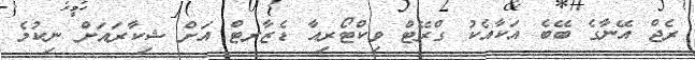
ރެޖް އޭނާގެ ބޭބެ އަކާއެކު ގްރޭޓް ވިކްޓޯރިއާ ޑެޒާރޓް އަށް ޝިކާރައަށް ނިކުމެ